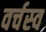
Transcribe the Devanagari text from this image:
वर्चस्‍व